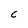
Character: C